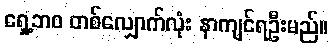
ရှေ့ဘဝ တစ်လျှောက်လုံး နာကျင်ရဦးမည်။